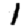
Digit: 1